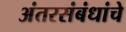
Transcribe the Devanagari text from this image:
अंतरसंबंधांचे